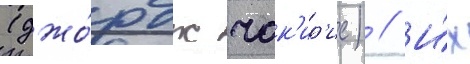
(джо́рдж чак'ир'ис) // И́х